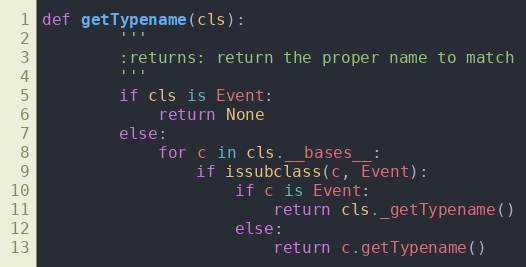
Language: Python
def getTypename(cls):
        '''
        :returns: return the proper name to match
        '''
        if cls is Event:
            return None
        else:
            for c in cls.__bases__:
                if issubclass(c, Event):
                    if c is Event:
                        return cls._getTypename()
                    else:
                        return c.getTypename()